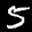
Label: 5